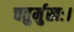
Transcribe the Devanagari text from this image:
चतुर्मुखः।